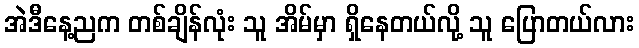
အဲဒီနေ့ညက တစ်ချိန်လုံး သူ အိမ်မှာ ရှိနေတယ်လို့ သူ ပြောတယ်လား